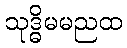
သုဒ္ဓိမမညထ